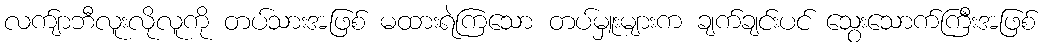
လက်ျာဘီလူးလိုလူကို တပ်သားအဖြစ် မထားရဲကြသော တပ်မှူးများက ချက်ချင်းပင် သွေးသောက်ကြီးအဖြစ်